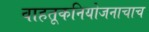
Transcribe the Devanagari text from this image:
वाहतूकनियोजनाचाच